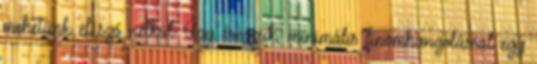
mehetünk el szó nélkül. Úgy érezzük, minimális finomhangolással egy